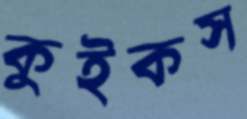
কুইকস